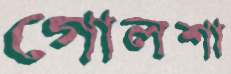
গোলশা